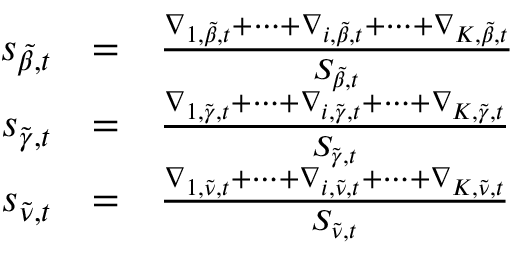
\begin{array} { r c l } { s _ { \tilde { \beta } , t } } & { = } & { \frac { \nabla _ { 1 , \tilde { \beta } , t } + \dots + \nabla _ { i , \tilde { \beta } , t } + \dots + \nabla _ { K , \tilde { \beta } , t } } { S _ { \tilde { \beta } , t } } } \\ { s _ { \tilde { \gamma } , t } } & { = } & { \frac { \nabla _ { 1 , \tilde { \gamma } , t } + \dots + \nabla _ { i , \tilde { \gamma } , t } + \dots + \nabla _ { K , \tilde { \gamma } , t } } { S _ { \tilde { \gamma } , t } } } \\ { s _ { \tilde { \nu } , t } } & { = } & { \frac { \nabla _ { 1 , \tilde { \nu } , t } + \dots + \nabla _ { i , \tilde { \nu } , t } + \dots + \nabla _ { K , \tilde { \nu } , t } } { S _ { \tilde { \nu } , t } } } \end{array}